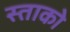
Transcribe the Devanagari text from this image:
स्ताको